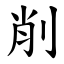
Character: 削